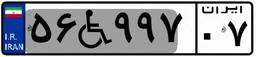
۹۷W۷۹۷۵۶